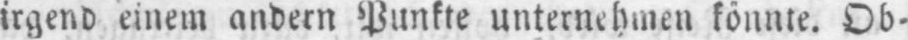
irgend einem andern Punkte unternehmen könnte. Ob⸗